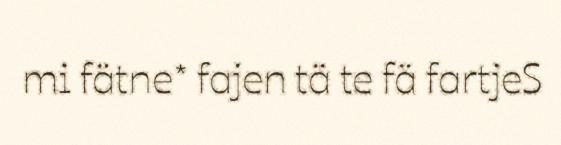
mi fätne* fajen tä te fä fartjeS